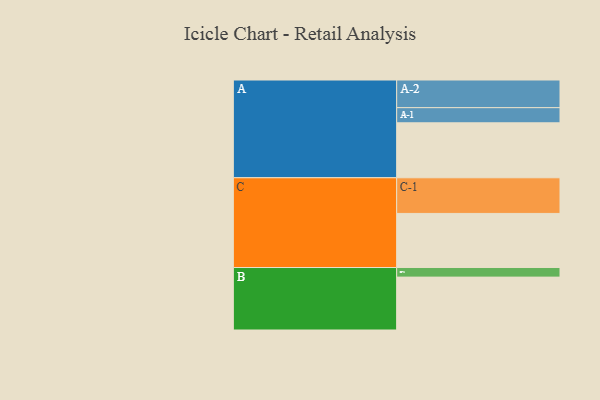
{"axis": {"x": "Segment", "y": "Value"}, "legend": ["", "A", "B", "C"], "data": [{"x": "A", "y": 453, "type": ""}, {"x": "B", "y": 436, "type": ""}, {"x": "C", "y": 446, "type": ""}, {"x": "A-1", "y": 125, "type": "A"}, {"x": "A-2", "y": 228, "type": "A"}, {"x": "B-1", "y": 79, "type": "B"}, {"x": "C-1", "y": 294, "type": "C"}]}